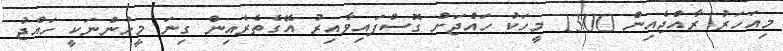
މިއަހަރު ރާއްޖެއިން 1300 މީހަކު ހައްޖަށް ގޮސްފައިވާއިރު އޭގެތެރެއިން ގިނަ މީހުންނަކީ ހައްޖު